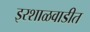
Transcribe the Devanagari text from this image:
इरशाळवाडीत